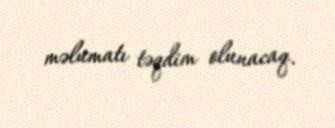
məlumatı təqdim olunacaq.